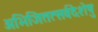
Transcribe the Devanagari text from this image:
अभिजितत्सर्वदेशेषु